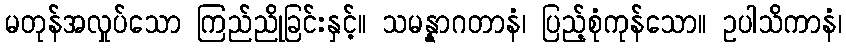
မတုန်အလှုပ်သော ကြည်ညိုခြင်းနှင့်။ သမန္နာဂတာနံ၊ ပြည့်စုံကုန်သော။ ဥပါသိကာနံ၊